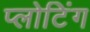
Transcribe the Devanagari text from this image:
प्लोटिंग